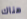
هناك